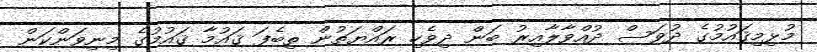
މުޅިމިޤައުމުގެ ދުވަސް ދުއްވާލާއިރު ބަަން ދިވެހި ރައްޔަތުން ތިބެފަ ޤައުމާ ޤައުމުގެ މިނިވަންކަން